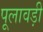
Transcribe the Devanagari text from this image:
पूलावड़ी